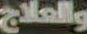
والعلاج